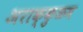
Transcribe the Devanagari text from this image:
अराक्कुळम